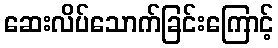
ဆေးလိပ်သောက်ခြင်းကြောင့်